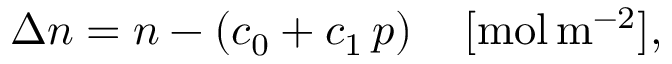
\Delta n = n - \left( c _ { 0 } + c _ { 1 } \, p \right) \quad [ \mathrm { m o l } \, \mathrm { m } ^ { - 2 } ] ,